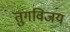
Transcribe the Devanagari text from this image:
तुंगविजय